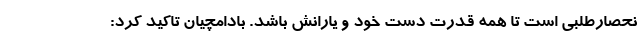
نحصارطلبی است تا همه قدرت دست خود و یارانش باشد. بادامچیان تاکید کرد: